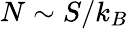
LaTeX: N\sim S/k_{B}